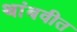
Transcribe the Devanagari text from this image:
थांबवीत